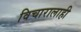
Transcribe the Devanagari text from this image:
विचारालाही